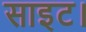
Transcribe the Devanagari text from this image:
साइट।